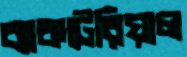
ব্যাকটেরিয়াল